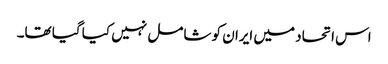
اس اتحاد میں ایران کو شامل نہیں کیا گیا تھا۔